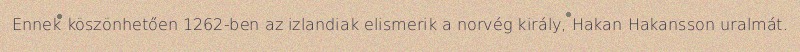
Ennek köszönhetően 1262-ben az izlandiak elismerik a norvég király, Hakan Hakansson uralmát.